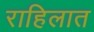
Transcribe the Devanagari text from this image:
राहिलात